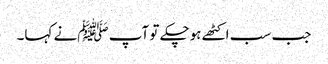
جب سب اکٹھے ہوچکے تو آپ ﷺنے کہا۔